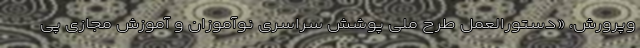
وپرورش، «دستورالعمل طرح ملی پوشش سراسری نوآموزان و آموزش مجازی پی